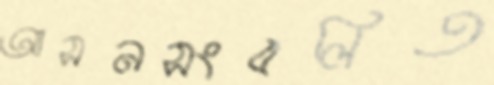
আসনসংবলিত